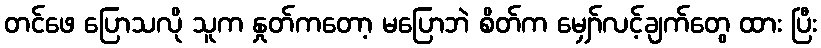
တင်ဖေ ပြောသလို သူက နှုတ်ကတော့ မပြောဘဲ စိတ်က မျှော်လင့်ချက်တွေ ထား ပြီး